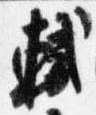
軾